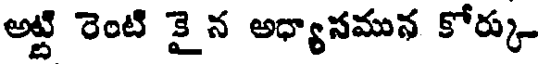
అట్టి రెంటి కైన అధ్యాసమున కోర్కు